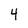
Character: 4